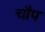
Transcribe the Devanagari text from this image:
चौप